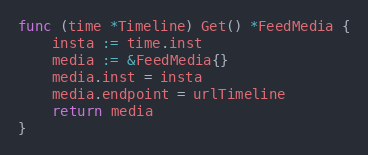
Language: Go
func (time *Timeline) Get() *FeedMedia {
	insta := time.inst
	media := &FeedMedia{}
	media.inst = insta
	media.endpoint = urlTimeline
	return media
}